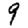
Digit: 9